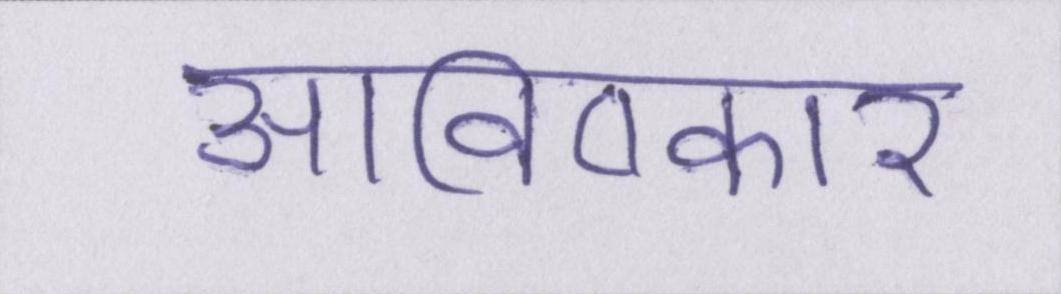
आविष्कार